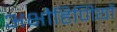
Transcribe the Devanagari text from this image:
अक्षौहिणियों